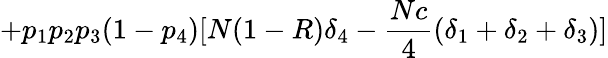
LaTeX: +p_{1}p_{2}p_{3}(1-p_{4})[N(1-R)\delta_{4}-{\frac{Nc}{4}}(\delta_{1}+\delta_{2}+\delta_{3})]